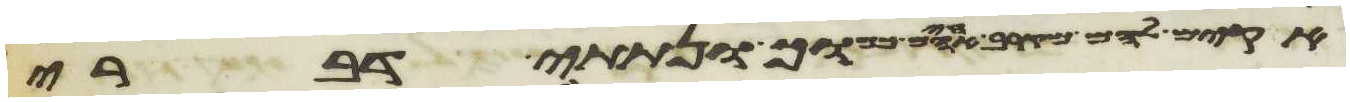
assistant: אקים להם מקרב אחיהם כמוך ונתתי דברי